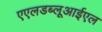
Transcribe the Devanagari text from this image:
एएलडब्लूआईएल